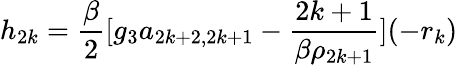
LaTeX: h_{2k}=\frac{\beta}{2}[g_{3}a_{2k+2,2k+1}-\frac{2k+1}{\beta\rho_{2k+1}}](-r_{k})